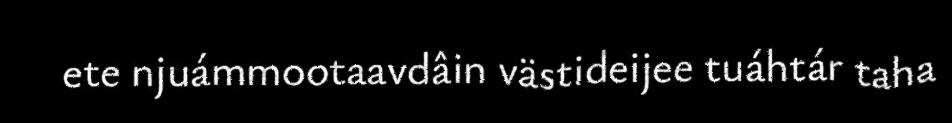
ete njuámmootaavdâin västideijee tuáhtár taha